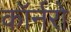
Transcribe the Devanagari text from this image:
कॉर्नरो